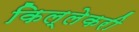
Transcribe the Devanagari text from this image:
किल्लेकरी